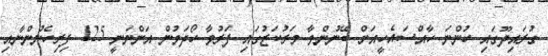
ގުރައިދޫގައި ހުންނަ ހާއްސައެހީއަށް ބޭނުންވާ މަރުކަޒުގައި ފަރުވާ ހޯދަމުން އަންނަނީ 125 ފިރިހެނުންނާއި